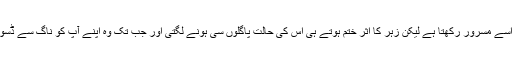
ناگ کے زہر کا نشہ ایک ماہ تک اُسے مسرور رکھتا ہے لیکن زہر کا اثر ختم ہوتے ہی اُس کی حالت پاگلوں سی ہونے لگتی اور جب تک وہ اپنے آپ کو ناگ سے ڈسوا نہیں لیتا اُسے سکون نہیں ملتا تھا۔